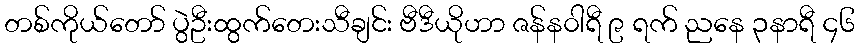
တစ်ကိုယ်တော် ပွဲဦးထွက်တေးသီချင်း ဗီဒီယိုဟာ ဇန်န၀ါရီ ၉ ရက် ညနေ ၃နာရီ ၄၆